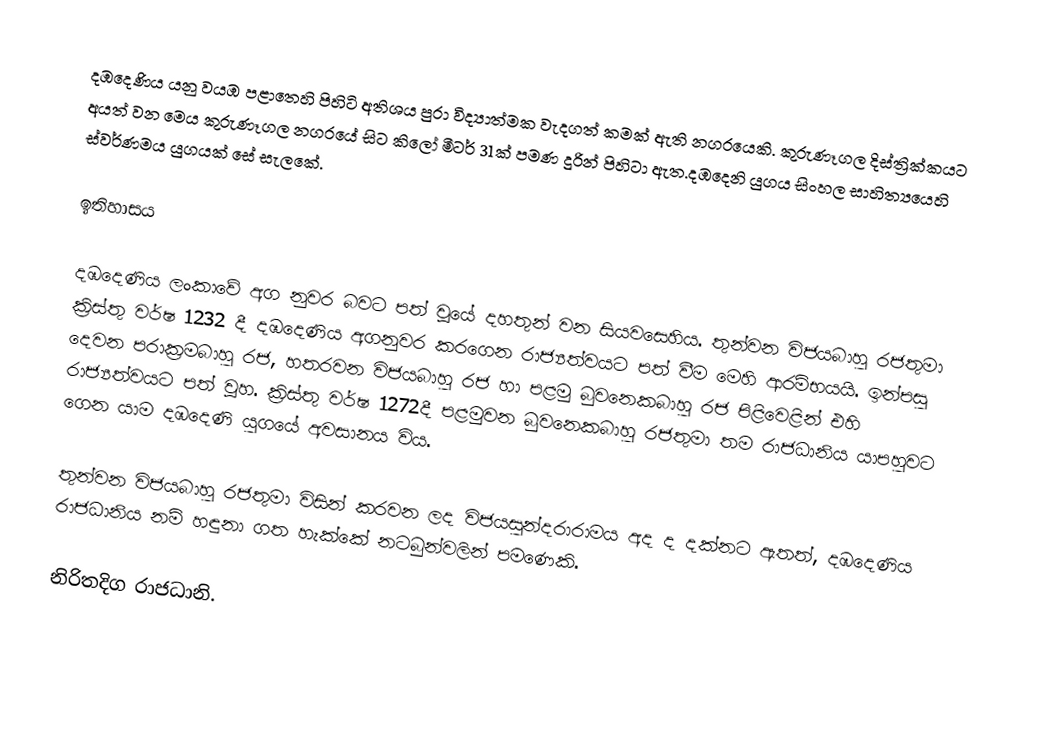
දඹදෙණිය යනු වයඹ පළාතෙහි පිහිටි අතිශය පුරා විද්‍යාත්මක වැදගත් කමක් ඇති නගරයෙකි. කුරුණෑගල දිස්ත්‍රික්කයට අයත් වන මෙය කුරුණෑගල නගරයේ සිට කිලෝ මීටර් 31ක් පමණ දුරින් පිහිටා ඇත.දඹදෙනි යුගය සිංහල සාහිත්‍යයෙහි ස්වර්ණමය යුගයක් සේ සැලකේ.

ඉතිහාසය

දඹදෙණිය ලංකාවේ අග නුවර බවට පත් වූයේ දහතුන් වන සියවසෙහිය. තුන්වන විජයබාහු රජතුමා ක්‍රිස්තු වර්ෂ 1232 දී දඹදෙණිය අගනුවර කරගෙන රාජ්‍යත්වයට පත් වීම මෙහි ආරම්භයයි. ඉන්පසු දෙවන පරාක්‍රමබාහු රජ, හතරවන විජයබාහු රජ හා පළමු බුවනෙකබාහු රජ පිළිවෙළින් එහි රාජ්‍යත්වයට පත් වූහ. ක්‍රිස්තු වර්ෂ 1272දී පළමුවන බුවනෙකබාහු රජතුමා තම රාජධානිය යාපහුවට ගෙන යාම  දඹදෙණි යුගයේ අවසානය විය.

තුන්වන විජයබාහු රජතුමා විසින් කරවන ලද විජයසුන්දරාරාමය අද ද දක්නට ඇතත්, දඹදෙණිය රාජධානිය නම් හඳුනා ගත හැක්කේ නටබුන්වලින් පමණෙකි.

නිරිතදිග රාජධානි.